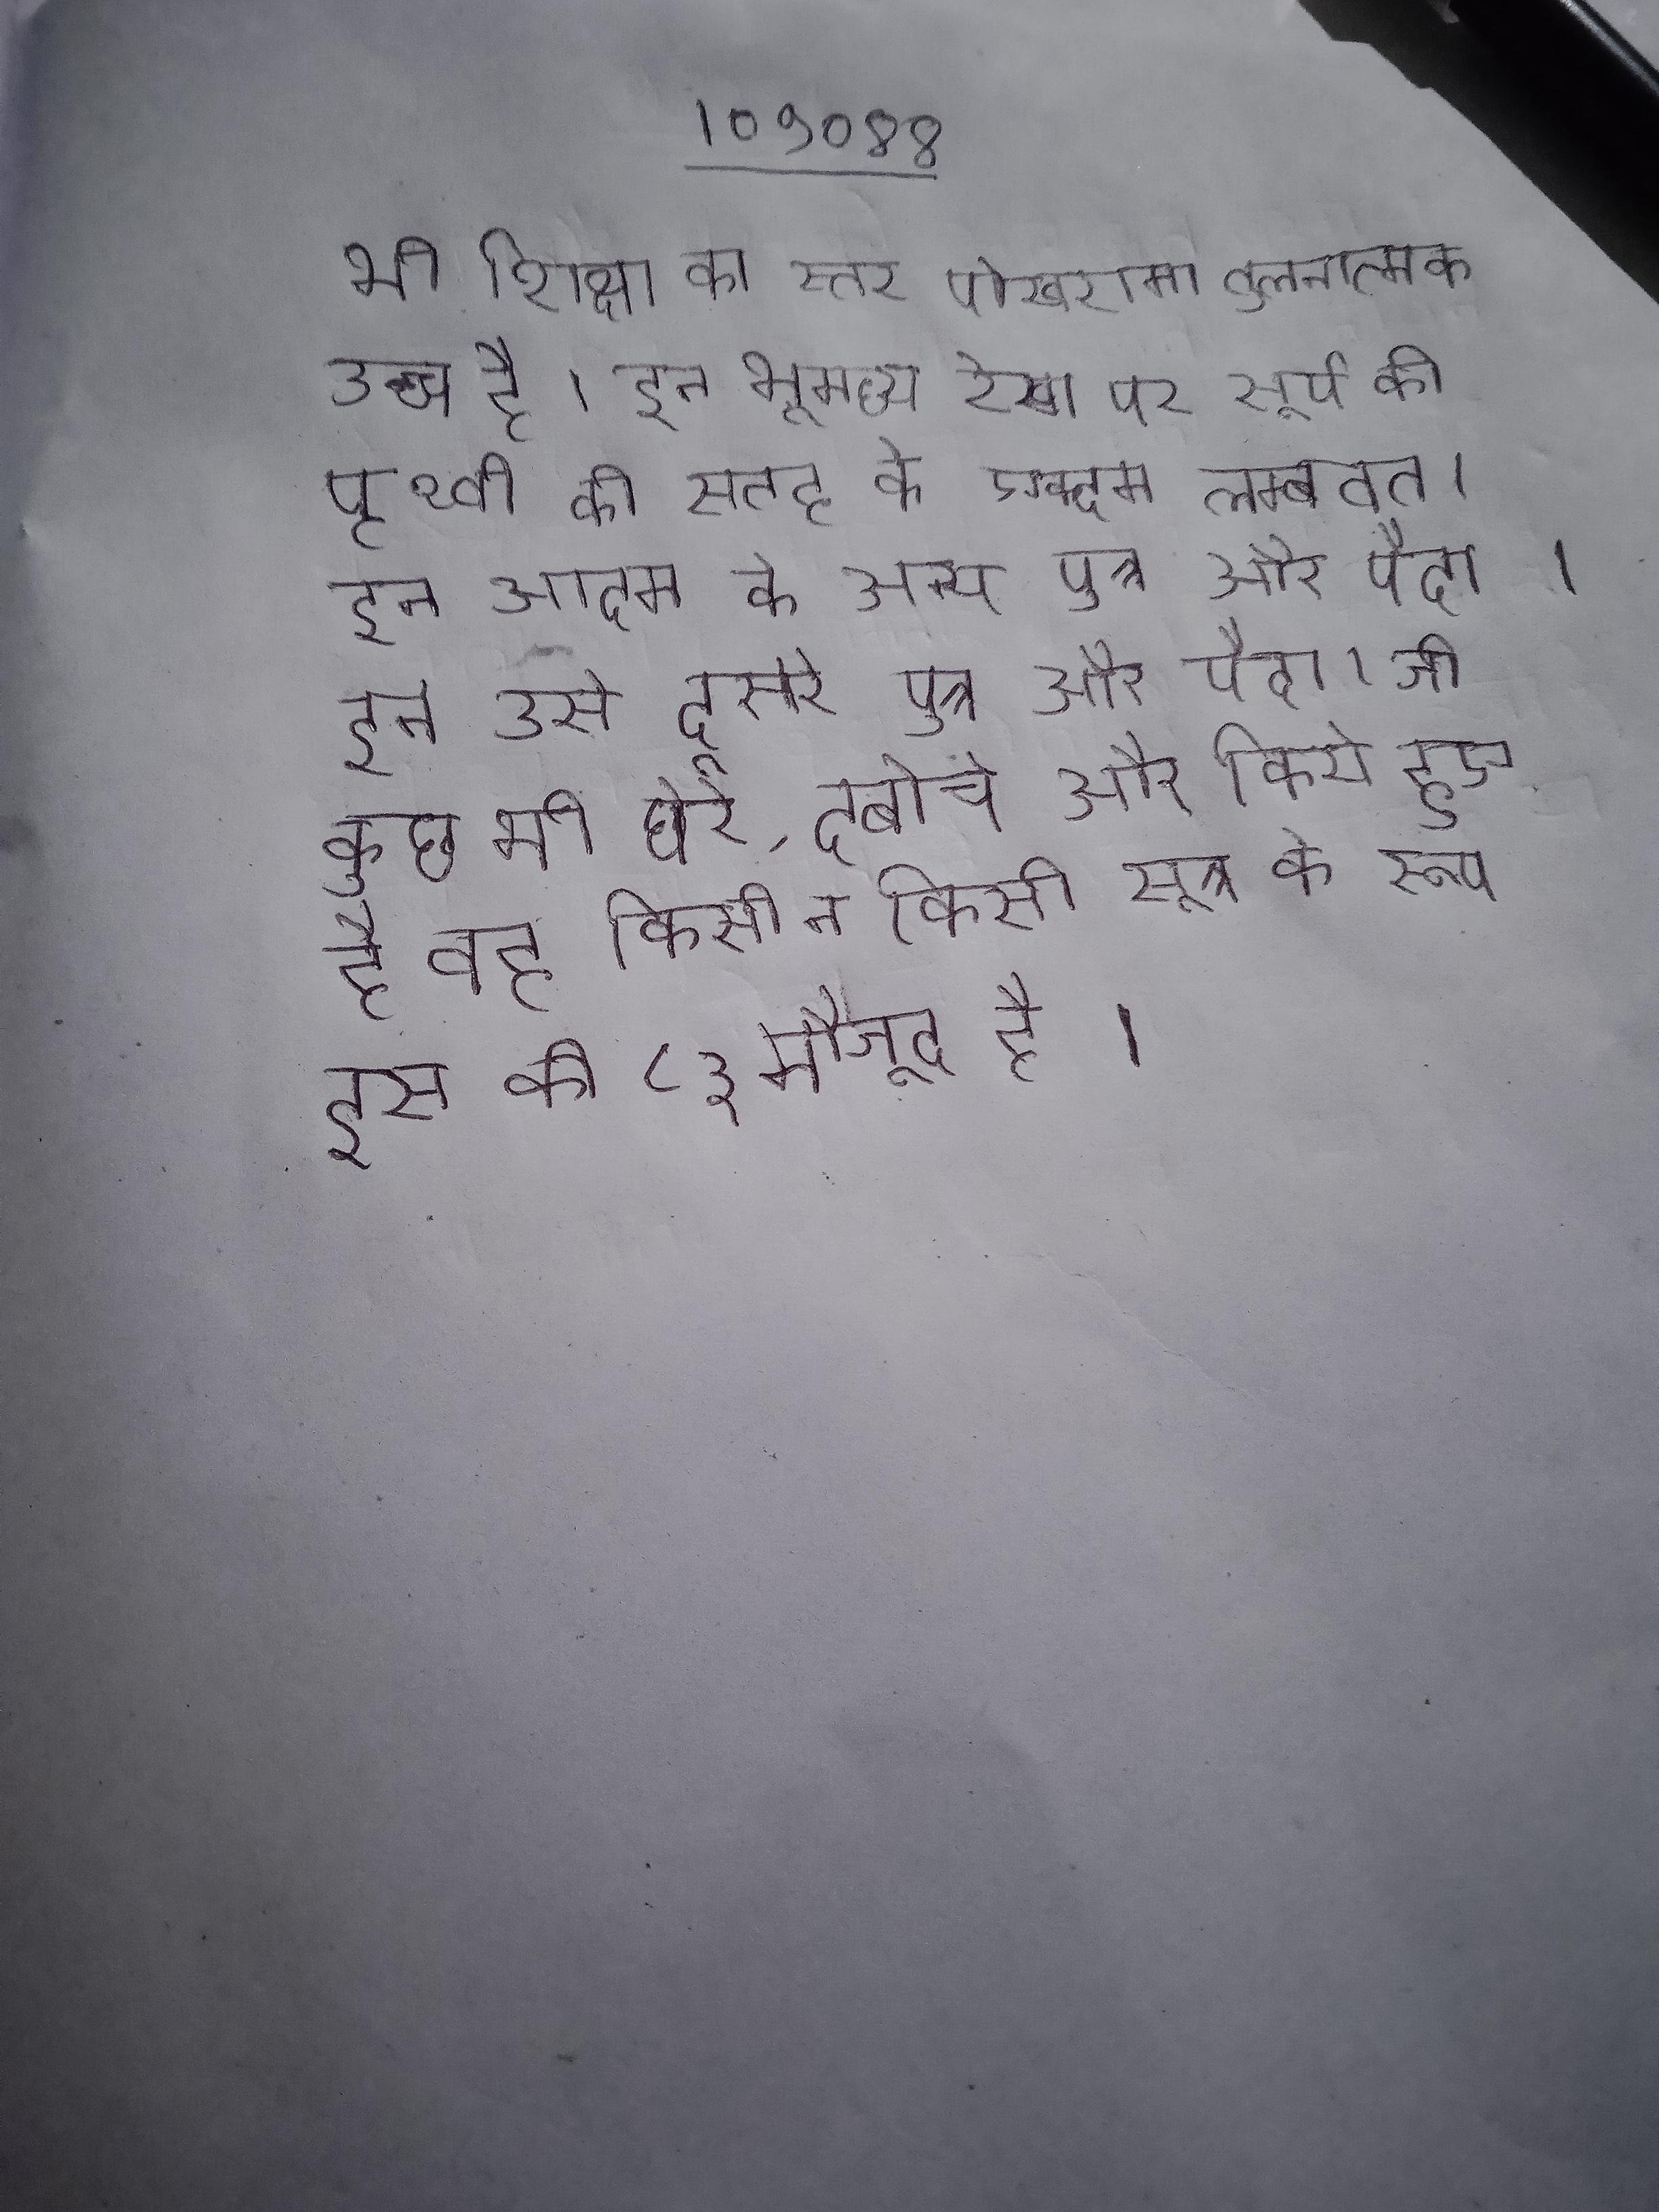
भी शिक्षा का स्तर पोखरामा तुलनात्मक उच्च है । इन भूमध्य रेखा पर सूर्य की पृथ्वी की सतह के एकदम लम्बवत । इन आदम के अन्य पुत्र और पैदा । इन उसे दूसरे पुत्र और पैदा । जो कुछ भी घेरे, दबोचे और किये हुए है वह किसी न किसी सूत्र के रूप इस की ८३ मौजूद है ।